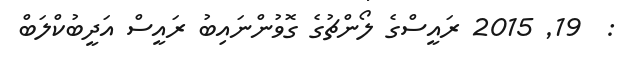
:  19